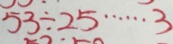
5 3 \div 2 5 \cdots 3